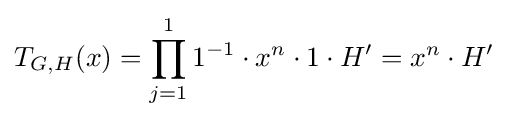
T_{G,H}(x)=\prod _{j=1}^{1}1^{-1}\cdot x^{n}\cdot 1\cdot H'=x^{n}\cdot H'